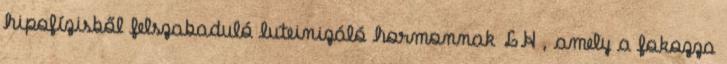
hipofízisből felszabaduló luteinizáló hormonnak LH , amely a fokozza